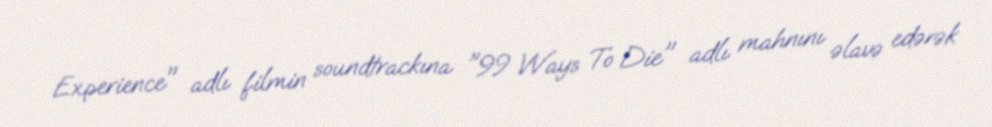
Experience" adlı filmin soundtrackına "99 Ways To Die" adlı mahnını əlavə edərək